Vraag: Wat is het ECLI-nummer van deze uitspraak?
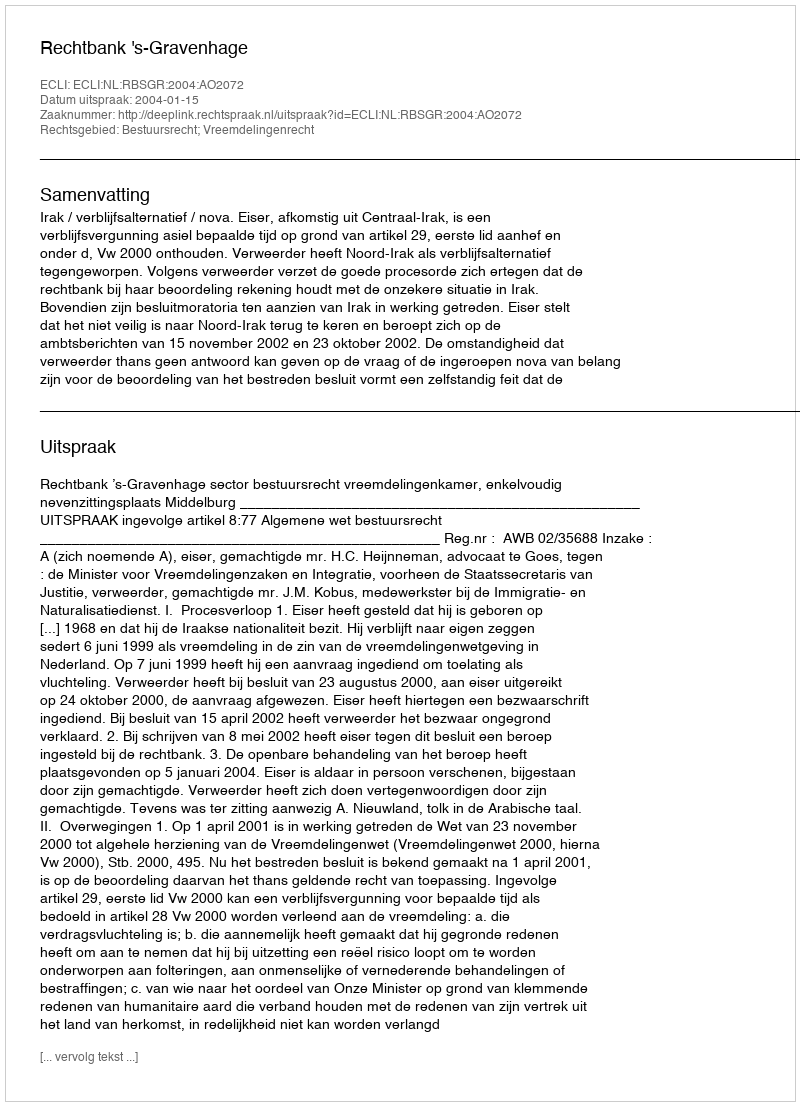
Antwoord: ECLI:NL:RBSGR:2004:AO2072